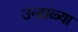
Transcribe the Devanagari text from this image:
उन्हाळ्या